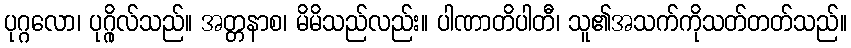
ပုဂ္ဂလော၊ ပုဂ္ဂိုလ်သည်။ အတ္တနာစ၊ မိမိသည်လည်း။ ပါဏာတိပါတီ၊ သူ၏အသက်ကိုသတ်တတ်သည်။